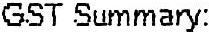
GST SUMMARY: